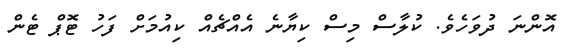
އޮންނަ ދުވަހެވެ. ކުލާސް މިސް ކިޔާނެ އެއްޗެއް ކިއުމަށް ފަހު ޓޮޕް ޓެން